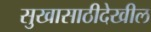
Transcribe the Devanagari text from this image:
सुखासाठीदेखील